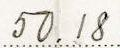
50.18